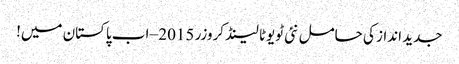
جدید انداز کی حامل نئی ٹویوٹا لینڈ کروزر 2015 – اب پاکستان میں!